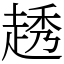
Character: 䞬